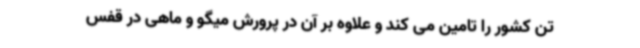
تن کشور را تامین می کند و علاوه بر آن در پرورش میگو و ماهی در قفس